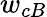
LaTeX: w_{cB}